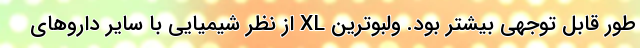
طور قابل توجهی بیشتر بود. ولبوترین XL از نظر شیمیایی با سایر داروهای